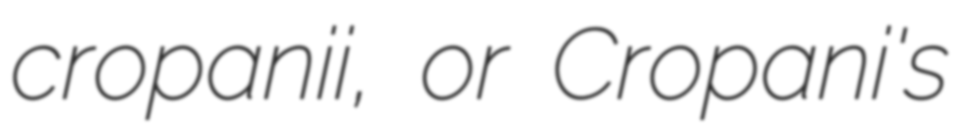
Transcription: cropanii, or Cropani's